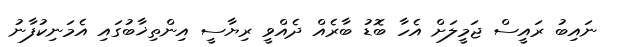
ނައިބު ރައީސް ޖަމީލަށް އެހާ ބޮޑު ބާރެއް ދެއްވީ ރިޔާސީ އިންތިޚާބުގައި އެމަނިކުފާނު